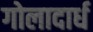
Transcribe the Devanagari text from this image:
गोलादार्ध